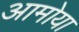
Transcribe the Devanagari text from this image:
आमोया